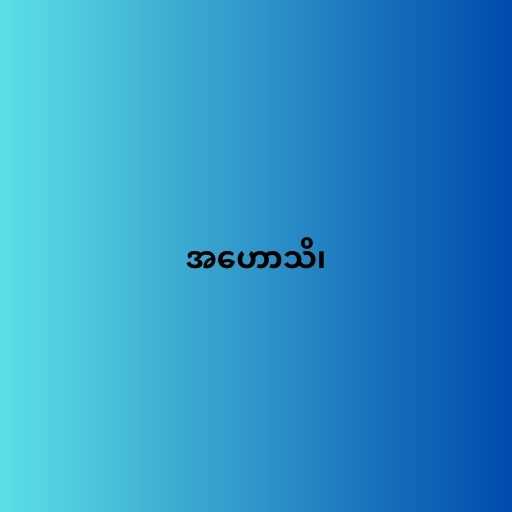
အဟောသိ၊